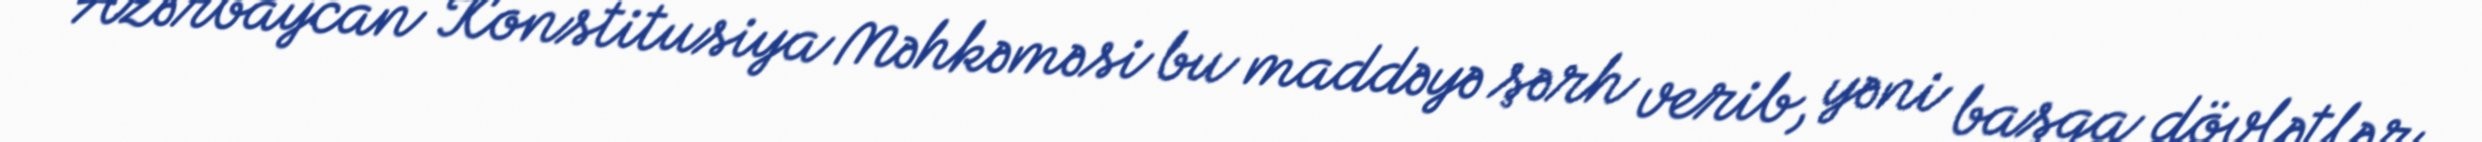
Azərbaycan Konstitusiya Məhkəməsi bu maddəyə şərh verib, yəni başqa dövlətlər